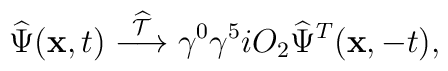
\widehat \Psi({\bf x},t) \stackrel{\widehat{\cal T}}{\longrightarrow}              \gamma^0\gamma^5 iO_2 \widehat \Psi^T({\bf x},-t),